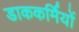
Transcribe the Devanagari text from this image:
डाककर्मियों